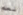
نعم